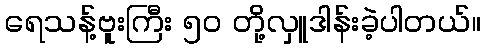
ရေသန့်ဗူးကြီး ၅၀ တို့လှူဒါန်းခဲ့ပါတယ်။